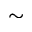
\sim